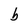
Character: b